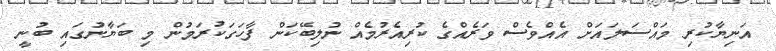
އަނިޔާކުރި މައްސަލައަށް އެއްވެސް ވަރެއްގެ ކުރިއެރުމެއް ނުލިބޭކަން ފާހަގަކުރަމުން މި ބަޔާނުގައި ބުނީ